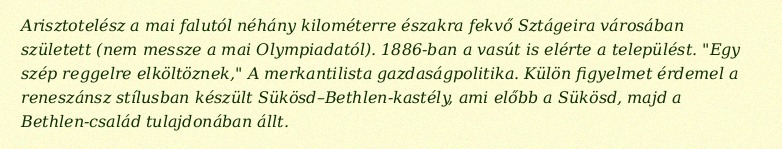
Arisztotelész a mai falutól néhány kilométerre északra fekvő Sztágeira városában született (nem messze a mai Olympiadatól). 1886-ban a vasút is elérte a települést. "Egy szép reggelre elköltöznek," A merkantilista gazdaságpolitika. Külön figyelmet érdemel a reneszánsz stílusban készült Sükösd–Bethlen-kastély, ami előbb a Sükösd, majd a Bethlen-család tulajdonában állt.